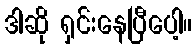
ဒါဆို ရှင်းနေပြီပေါ့။